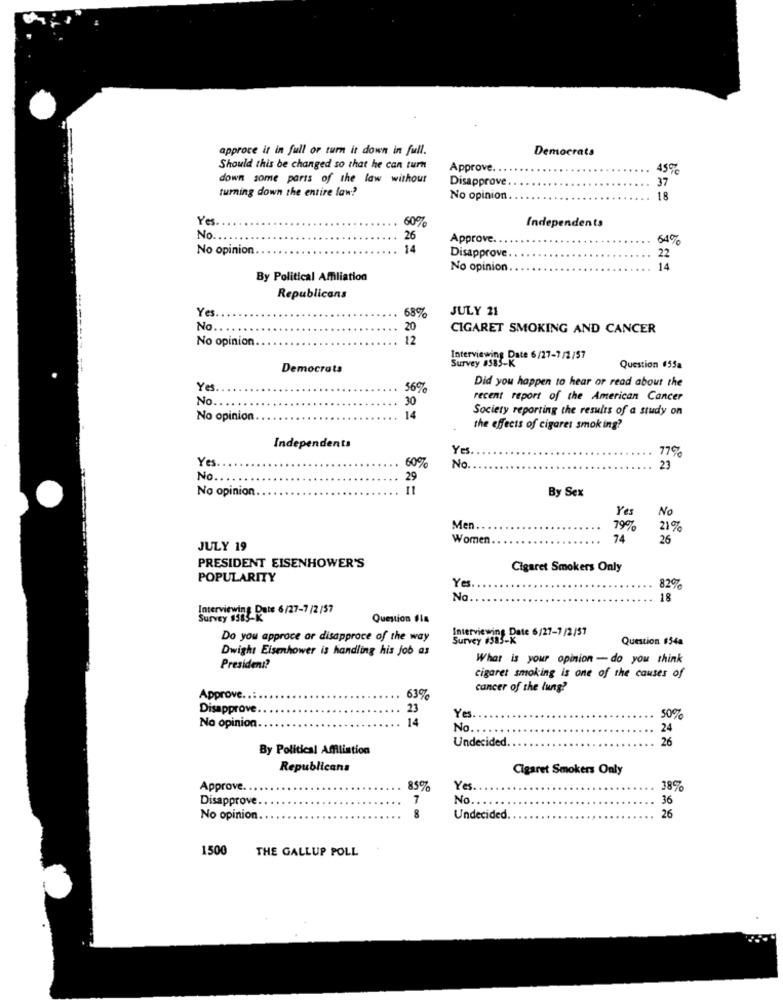
approce it in full or turn it down in full.
Democrats
Should this be changed so that he can turn
Approve.
45%
down some parts of the law without
Disapprove
37
turning down the entire law?
No opinion
18
Ye
60%
Independents
No
26
Approve ..
54%
No opinion
14
Disapprove
22
No opinion
14
By Political Affiliation
Republicans
Yes.
68%
JULY 21
---
No ..
20
CIGARET SMOKING AND CANCER
No opinion.
12
Interviewing Date 6/27-7 /2/57
Survey #585-K
Democrats
Question #55a
Did you happen to hear or read about the
Yes
56%
No.
30
recent report of the American Cancer
Society reporting the results of a study on
No opinion
14
the effects of cigares smoking?
Independents
Yes
Yes
60%
77%
No
23
No.
29
No opinion.
By Sex
No
Yes
Men.
79%
21%
Women.
74
26
JULY 19
PRESIDENT EISENHOWER'S
Cigaret Smokers Only
POPULARITY
Yes
82%
No
18
Interviewing Date 6/27-7 /2 /57
Survey 1985
Question #Is
Interviewing Date 6/27-7 /2/57
Do you approce or disapproce of the way
Survey #383-K
Question #544
Dwight Eisenhower is handling his job as
What is your opinion - do you think
President?
cigaret smoking is one of the causes of
cancer of the lung?
Approve ..:
63%
Disapprove.
23
14
Yes.
50%
No opinion
No.
24
Undecided.
26
By Political Affiliation
Republicans
Cigaret Smokers Only
Approve. .
85%
Yes.
38%
Disapprove
7
No.
36
No opinion
8
Undecided.
26
1500
THE GALLUP POLL